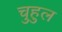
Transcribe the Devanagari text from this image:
चुहुल